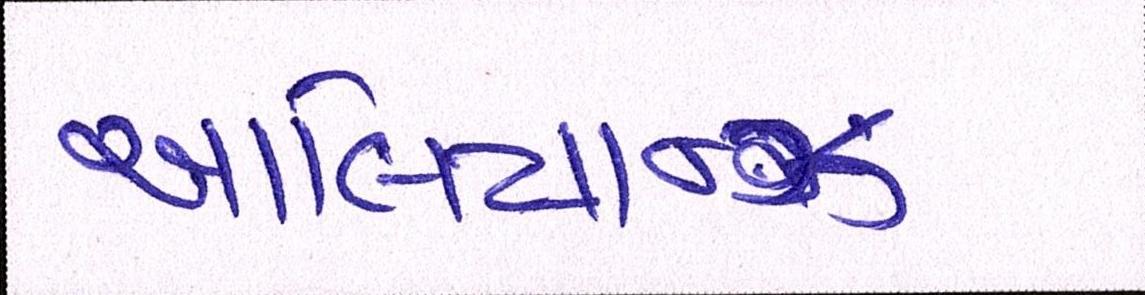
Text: આલિયાન્ઝ